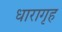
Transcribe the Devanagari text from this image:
धारागृह